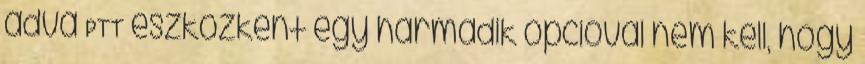
adva PTT eszközként egy harmadik opcióval nem kell, hogy